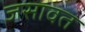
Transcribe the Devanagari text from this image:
जसावत